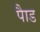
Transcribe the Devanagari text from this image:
पाैड